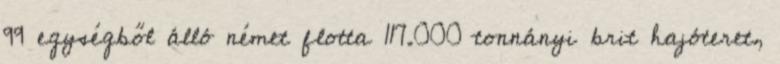
99 egységből álló német flotta 117.000 tonnányi brit hajóteret,